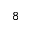
^ 8